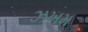
ઝખમ